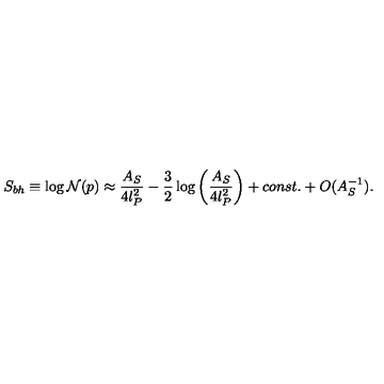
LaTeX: S _ { b h } \equiv \log { \cal N } ( p ) \approx { \frac { A _ { S } } { 4 l _ { P } ^ { 2 } } } - { \frac { 3 } { 2 } } \log \left( { \frac { A _ { S } } { 4 l _ { P } ^ { 2 } } } \right) + c o n s t . + O ( A _ { S } ^ { - 1 } ) .